Lunatic asylums in Bengal annual reports 1888-1898 - 1888-1898
Year: 1888
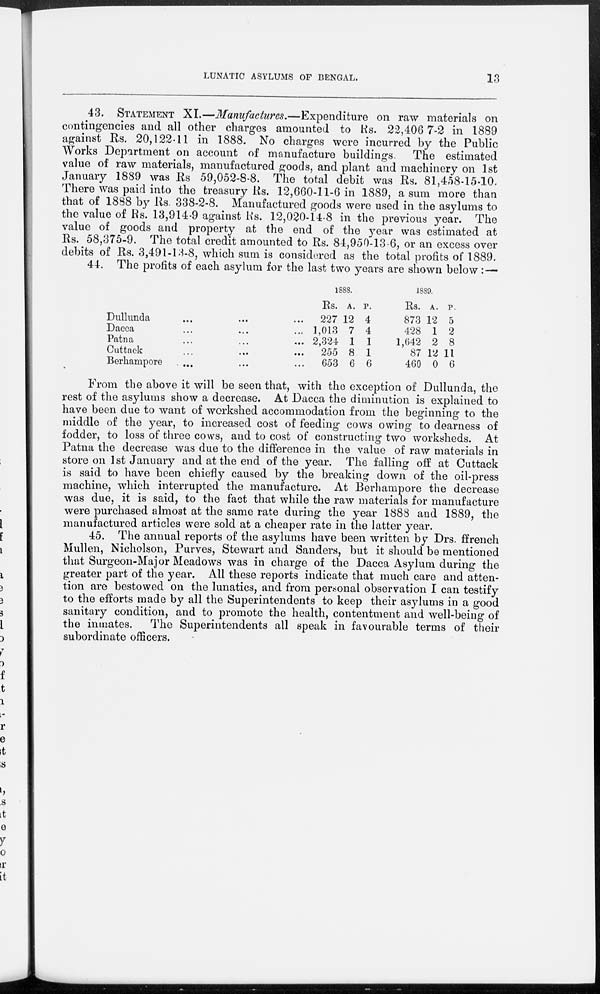
LUNATIC ASYLUMS OF BENGAL.
13
43. STATEMENT XI.—Manufactures.—Expenditure on raw materials on
contingencies and all other charges amounted to Rs. 22,406 7-2 in 1889
against Rs. 20,122-11 in 1888. No charges were incurred by the Public
Works Department on account of manufacture buildings. The estimated
value of raw materials, manufactured goods, and plant and machinery on 1st
January 1889 was Rs 59,052-8-8. The total debit was Rs. 81,458-15-10
There was paid into the treasury Rs. 12,660-11-6 in 1889, a sum more than
that of 1888 by Rs. 338-2-8. Manufactured goods were used in the asylums to
the value of Rs. 13,914-9 against Rs. 12,020-14-8 in the previous year. The
value of goods and property at the end of the year was estimated at
Rs. 58,375-9. The total credit amounted to Rs. 84,950-13-6, or an excess over
debits of Rs. 3,491-13-8, which sum is considered as the total profits of 1889.
44. The profits of each asylum for the last two years are shown below :—
Dullunda ... ... ...
Dacca ... ... ...
Patna ... ... ...
Cuttack ... ... ...
Berhampore ... ... ...
1888.
Rs.
227
1,013
2,324
255
653
A.
12
7
1
8
6
P.
4
4
1
1
6
1889.
Rs.
873
428
1,642
87
460
A.
12
1
2
12
0
P.
5
2
8
11
6
From the above it will be seen that, with the exception of Dullunda, the
rest of the asylums show a decrease. At Dacca the diminution is explained to
have been due to want of workshed accommodation from the beginning to the
middle of the year, to increased cost of feeding cows owing to dearness of
fodder, to loss of three cows, and to cost of constructing two worksheds. At
Patna the decrease was due to the difference in the value of raw materials in
store on 1st January and at the end of the year. The falling off at Cuttack
is said to have been chiefly caused by the breaking down of the oil-press
machine, which interrupted the manufacture. At Berhampore the decrease
was due, it is said, to the fact that while the raw materials for manufacture
were purchased almost at the same rate during the year 1888 and 1889, the
manufactured articles were sold at a cheaper rate in the latter year.
45. The annual reports of the asylums have been written by Drs. ffrench
Mullen, Nicholson, Purves, Stewart and Sanders, but it should be mentioned
that Surgeon-Major Meadows was in charge of the Dacca Asylum during the
greater part of the year. All these reports indicate that much care and atten-
tion are bestowed on the lunatics, and from personal observation I can testify
to the efforts made by all the Superintendents to keep their asylums in a good
sanitary condition, and to promote the health, contentment and well-being of
the inmates. The Superintendents all speak in favourable terms of their
subordinate officers.